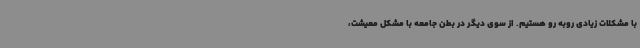
با مشکلات زیادی روبه رو هستیم. از سوی دیگر در بطن جامعه با مشکل معیشت،